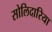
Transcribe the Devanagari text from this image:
सोलिदारिया